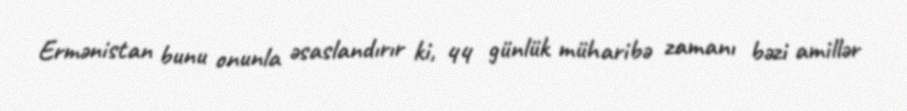
Ermənistan bunu onunla əsaslandırır ki, 44 günlük müharibə zamanı bəzi amillər